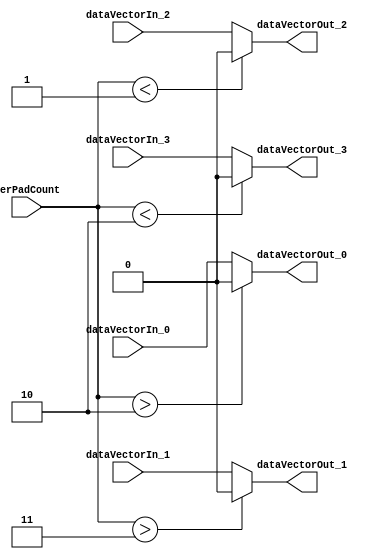
// -------------------------------------------------------------
// 
// 
// Generated by MATLAB 9.13 and HDL Coder 4.0
// 
// -------------------------------------------------------------


// -------------------------------------------------------------
// 
// Module: Vertical_Padder
// Source Path: BlobAnalysisHDL/BlobDetector/CCA_Algorithm/Closing/LineBuffer/Vertical Padder
// Hierarchy Level: 4
// 
// -------------------------------------------------------------

`timescale 1 ns / 1 ns

module Vertical_Padder
          (dataVectorIn_0,
           dataVectorIn_1,
           dataVectorIn_2,
           dataVectorIn_3,
           verPadCount,
           dataVectorOut_0,
           dataVectorOut_1,
           dataVectorOut_2,
           dataVectorOut_3);


  input   dataVectorIn_0;  // boolean
  input   dataVectorIn_1;  // boolean
  input   dataVectorIn_2;  // boolean
  input   dataVectorIn_3;  // boolean
  input   [10:0] verPadCount;  // ufix11
  output  dataVectorOut_0;  // boolean
  output  dataVectorOut_1;  // boolean
  output  dataVectorOut_2;  // boolean
  output  dataVectorOut_3;  // boolean


  wire verSEL1;
  wire DataPadValue;
  wire DataLineOut1;
  wire verSEL2;
  wire DataLineOut2;
  wire verSEL3;
  wire DataLineOut3;
  wire verSEL4;
  wire DataLineOut4;


  assign verSEL1 = verPadCount > 11'b00000000010;



  assign DataPadValue = 1'b0;



  assign DataLineOut1 = (verSEL1 == 1'b0 ? dataVectorIn_0 :
              DataPadValue);



  assign dataVectorOut_0 = DataLineOut1;

  assign verSEL2 = verPadCount > 11'b00000000011;



  assign DataLineOut2 = (verSEL2 == 1'b0 ? dataVectorIn_1 :
              DataPadValue);



  assign dataVectorOut_1 = DataLineOut2;

  assign verSEL3 = verPadCount < 11'b00000000001;



  assign DataLineOut3 = (verSEL3 == 1'b0 ? dataVectorIn_2 :
              DataPadValue);



  assign dataVectorOut_2 = DataLineOut3;

  assign verSEL4 = verPadCount < 11'b00000000010;



  assign DataLineOut4 = (verSEL4 == 1'b0 ? dataVectorIn_3 :
              DataPadValue);



  assign dataVectorOut_3 = DataLineOut4;

endmodule  // Vertical_Padder